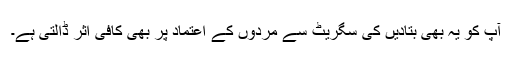
آپ کو یہ بھی بتادیں کی سگریٹ سے مردوں کے اعتماد پر بھی کافی اثر ڈالتی ہے۔